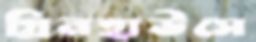
গ্রিনহাউসে